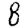
Digit: 8